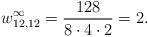
LaTeX: \begin{align*}w_{12,12}^\infty = \frac{128}{8\cdot 4 \cdot 2} = 2.\end{align*}